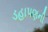
ડહાપણની